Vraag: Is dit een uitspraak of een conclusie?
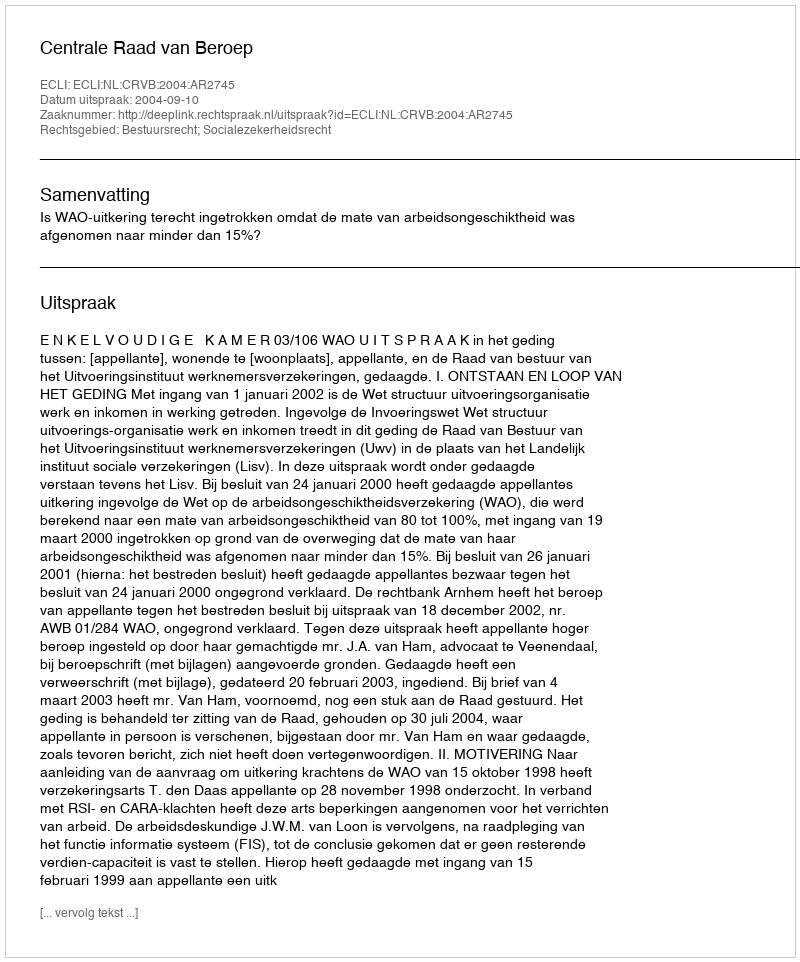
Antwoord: Uitspraak